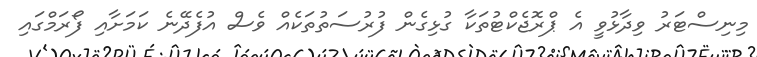
މިނިސްޓަރު ވިދާޅުވީ އެ ޕްރޮޖެކްޓުތަކާ ގުޅިގެން ފުރުސަތުތަކެއް ވެސް އުފެދޭނެ ކަމަށާއި ފޯރަމްގައި